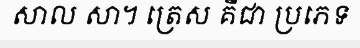
សាល សា។ ត្រេស គឺជា ប្រភេទ